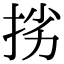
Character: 挘